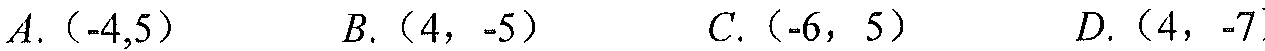
\(A.(-4,5)\)  \(B.(4,-5)\)  \(C.(-6,5)\)  \(D.(4,-7)\)